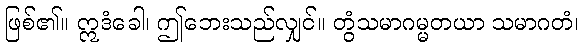
ဖြစ်၏။ ဣဒံခေါ၊ ဤဘေးသည်လျှင်။ တွံသမာဂမ္မတယာ သမာဂတံ၊